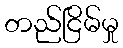
တည်ငြိမ်မှု